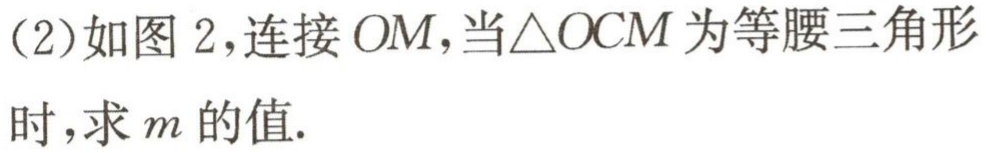
(2)如图 2,连接 \(OM\),当\(\triangle  OCM\)为等腰三角形时,求\(m\)的值.